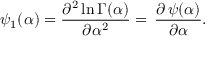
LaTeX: \psi _ { 1 } ( \alpha ) = { \frac { \partial ^ { 2 } \ln \Gamma ( \alpha ) } { \partial \alpha ^ { 2 } } } = \, { \frac { \partial \, \psi ( \alpha ) } { \partial \alpha } } .